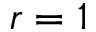
r = 1